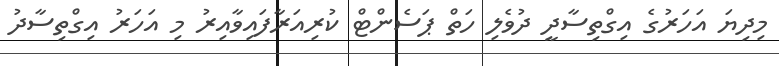
މިދިޔަ އަހަރުގެ އިގްތިސާދީ ދުވެލި ހަތް ޕަސެންޓް ކުރިއަރާފައިވާއިރު މި އަހަރު އިގްތިސާދު